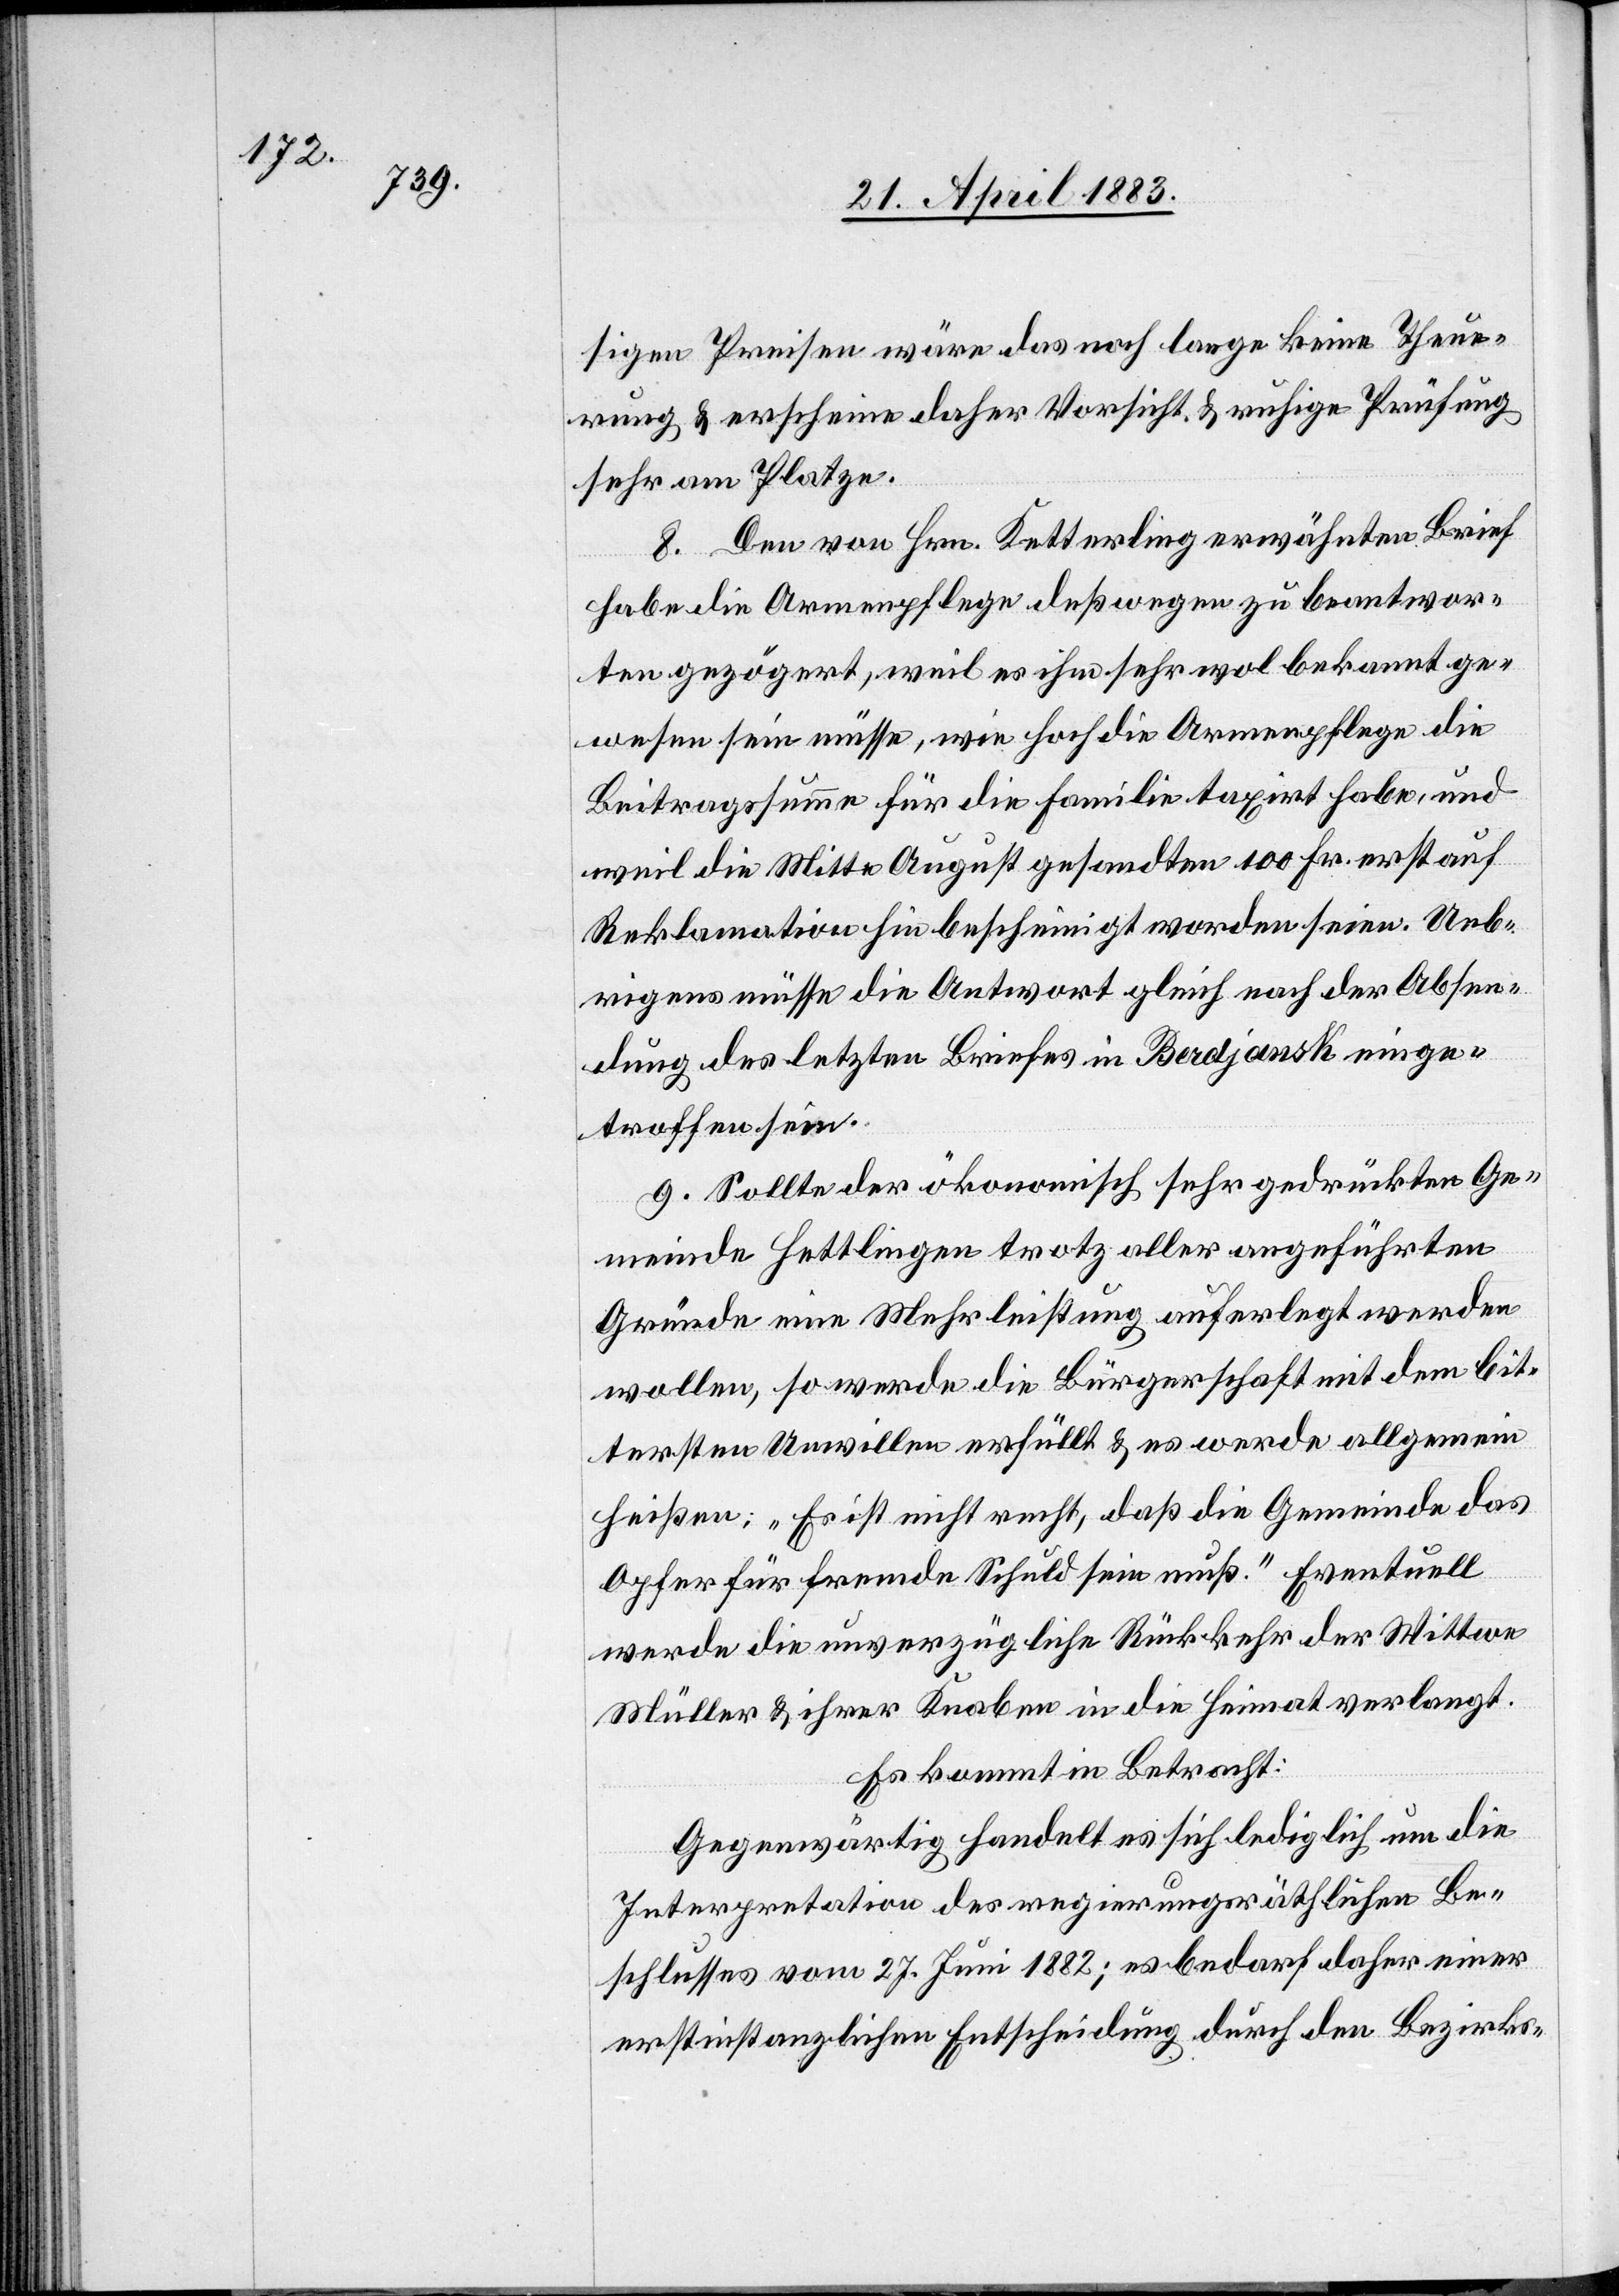
sigen Preisen wäre das noch lange keine Theue¬
rung & erscheine daher Vorschrift & ruhige Prüfung
sehr am Platze.
8. Den von Hrn. Ketterling erwähnten Brief
habe die Armenpflege deßwegen zu beantwor¬
ten gezögert, weil es ihm sehr wol bekannt ge¬
wesen sein müsse, wie hoch die Armenpflege die
Beitragssumme für die Familie taxirt habe, und
weil die Mitte August gesandten 100 Fr. erst auf
Reklamation hin bescheinigt worden seien. Ueb¬
rigens müsse die Antwort gleich nach der Absen¬
dung des letzten Briefes in Berdjansk einge¬
troffen sein.
9. Sollte der ökonomisch sehr gedrückten Ge¬
meinde Hettlingen trotz aller angeführten
Gründe eine Mehrleistung auferlegt werden
wollen, so werde die Bürgerschaft mit dem bit¬
tersten Unwillen erfüllt & es werde allgemein
heißen: „Es ist nicht recht, daß die Gemeinde das
Opfer für fremde Schuld sein muß.“ Eventuell
werde die unverzügliche Rückkehr der Wittwe
Müller & ihrer Knaben in die Heimat verlangt.
Es kommt in Betracht:
Gegenwärtig handelt es sich lediglich um die
Interpretation des regierungsräthlichen Be¬
schlusses vom 27. Juni 1882; es bedarf daher einer
erstinstanzlichen Entscheidung durch den Bezirks-